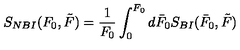
S _ { N B I } ( F _ { 0 } , \tilde { F } ) = \frac { 1 } { F _ { 0 } } \int _ { 0 } ^ { F _ { 0 } } d \bar { F } _ { 0 } S _ { B I } ( \bar { F } _ { 0 } , \tilde { F } )